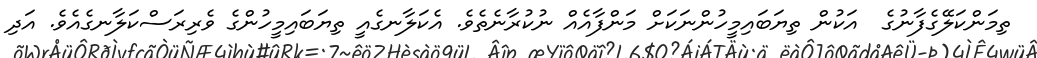
ތިމަންކަލޭގެފާނުގެ  އަކުން ތިޔަބައިމީހުންނަކަށް މަންފާއެއް ނުކުރާނެތެވެ. އެކަލާނގެއީ ތިޔަބައިމީހުންގެ ވެރިރަސްކަލާނގެއެވެ. އަދި